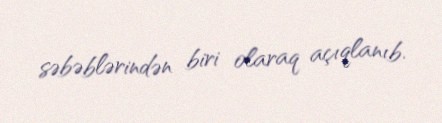
səbəblərindən biri olaraq açıqlanıb.